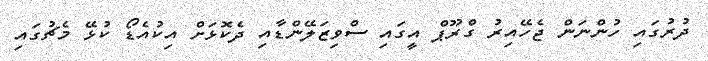
ދުރުގައި ހުންނަން ޖެހޭއިރު ގްރޫޕް އީގައި ސްވިޒަލޭންޑާއި ދެކޮޅަށް އިކުއެޑޯ ކުޅޭ މެޗުގައި